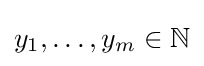
y_{1},\ldots ,y_{m}\in \mathbb {N}